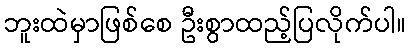
ဘူးထဲမှာဖြစ်စေ ဦးစွာထည့်ပြလိုက်ပါ။